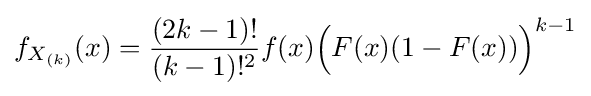
f_{X_{(k)}}(x)={\frac {(2k-1)!}{(k-1)!^{2}}}f(x){\Big (}F(x)(1-F(x)){\Big )}^{k-1}